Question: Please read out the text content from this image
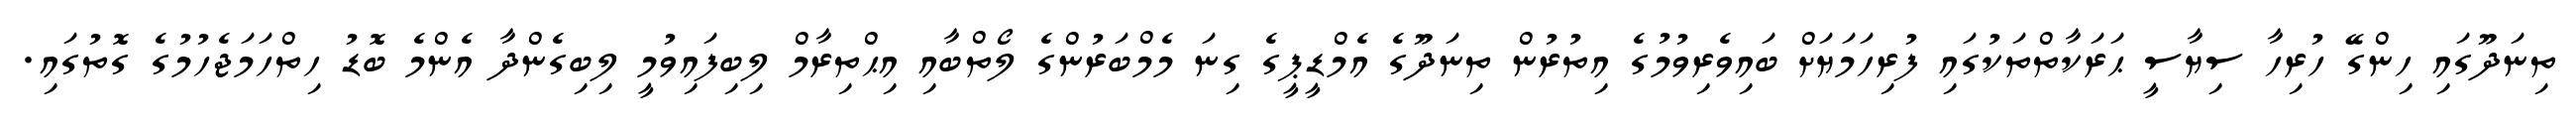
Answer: ތިނަދޫގައި ހިންގޭ ހުރިހާ ސިޔާސީ ޙަރަކާތްތަކުގައި ފުރިހަމަޔަށް ބައިވެރިވުމުގެ އިތުރުން ތިނަދޫގެ އެމްޑީޕީގެ ގިނަ މެމްބަރުންގެ ލޯތްބާއި އިޙްތިރާމް ލިބިފައިވުމީ ލިބިގެންދާ އެންމެ ބޮޑު ހިތްހަމަޖެހުމުގެ ގޮތުގައި.